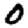
Digit: 0